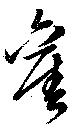
旧